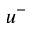
u ^ { - }